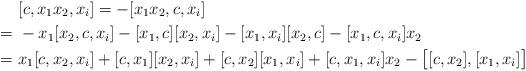
LaTeX: \begin{align*}& [c, x_1x_2, x_i] = - [x_1 x_2, c, x_i] \\= \ & - x_1 [x_2, c, x_i] - [x_1, c] [x_2, x_i] - [x_1, x_i] [x_2, c] - [x_1, c, x_i] x_2 \\= \ & x_1 [c, x_2, x_i] + [c, x_1] [x_2, x_i] + [c, x_2] [x_1, x_i] + [c, x_1, x_i] x_2 - \bigl[ [c, x_2], [x_1, x_i] \bigr] \end{align*}